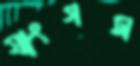
যাংগস